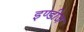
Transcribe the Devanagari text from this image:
इण्डीज